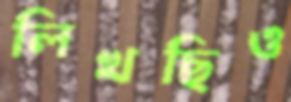
লিখছিও